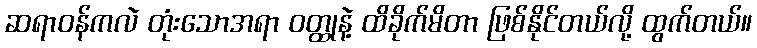
ဆရာဝန်ကလဲ တုံးသောအရာ ဝတ္ထုနဲ့ ထိခိုက်မိတာ ဖြစ်နိုင်တယ်လို့ ထွက်တယ်။